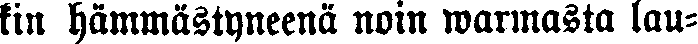
kin hämmästyneenä noin warmasta lau-